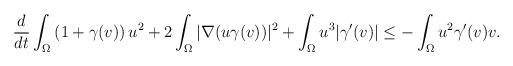
LaTeX: \begin{align*}\frac{d}{dt}\int_\Omega\left(1+ \gamma(v)\right)u^2+2\int_\Omega|\nabla(u\gamma(v))|^2+\int_\Omega u^3|\gamma'(v)|\leq-\int_\Omega u^2\gamma'(v)v.\end{align*}